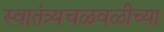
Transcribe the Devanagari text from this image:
स्वातंत्र्यचळवळीच्या